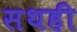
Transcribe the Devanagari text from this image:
सथही